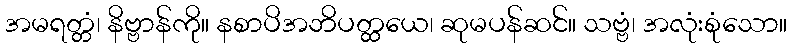
အမရတ္တံ၊ နိဗ္ဗာန်ကို။ နစာပိအဘိပတ္ထယေ၊ ဆုမပန်ဆင်။ သဗ္ဗံ၊ အလုံးစုံသော။